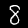
Digit: 8